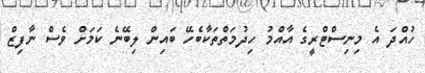
ހުއްދަ އެ މިނިސްޓްރީގެ އާއްމު ހިދުމަތްތަކާބެހޭ ބައިން ލިބޭނެ ކަމަށް ވެސް ނާފިޒް